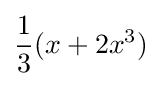
{\frac {1}{3}}(x+2x^{3})